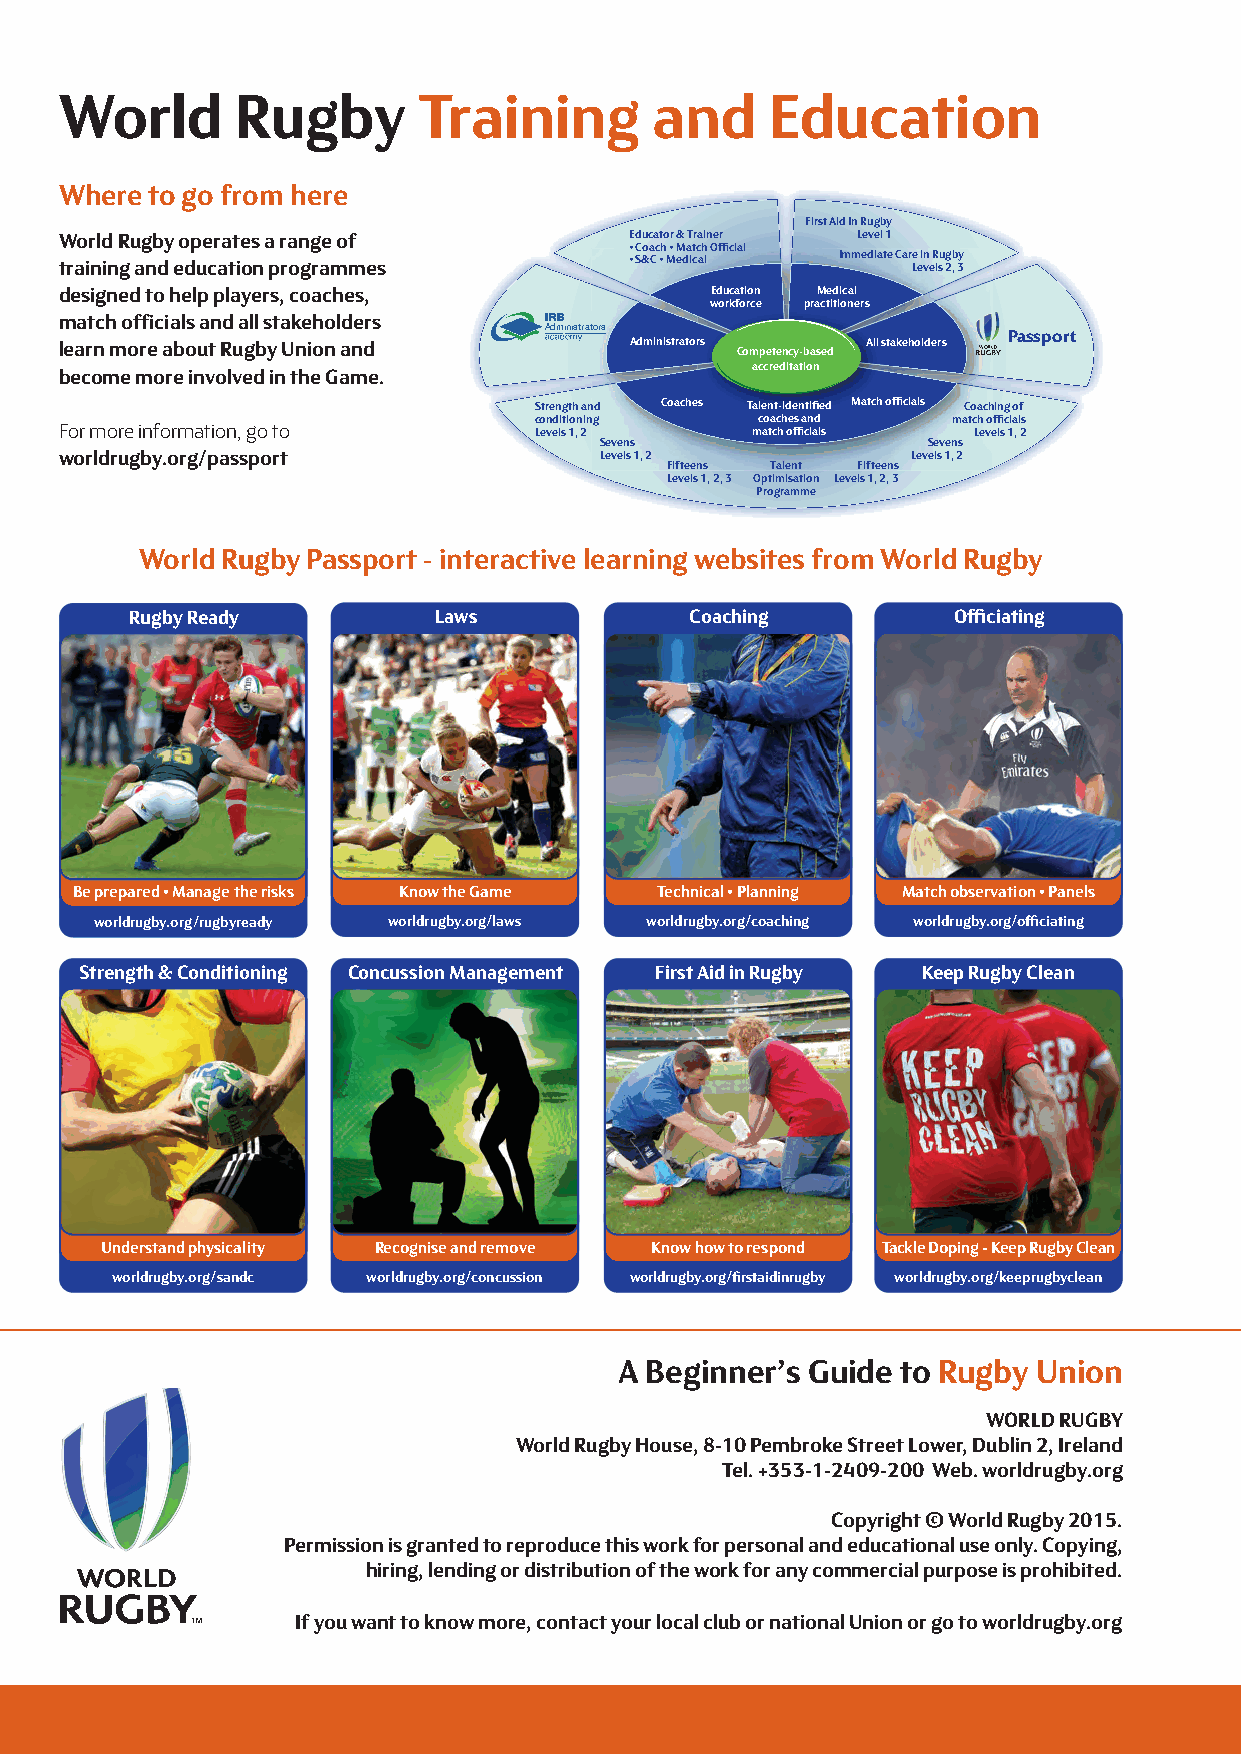
World       Rugby       Training       and     Education
 Where to go from here
 First Aid In Rugby
 World Rugby operates a range of       Educator & Trainer Level 1
 • Coach • Match Official
 training and education programmes     • S&C • Medical Immediate Car Le e i vn e R lsu 2gb , 3y
 designed to help players, coaches,         Education Medical
 workforce practitioners
 match officials and all stakeholders
 Administrators                 Passport
 learn more about Rugby Union and      Administrators Competency-based All stakeholders
 accreditation
 become more involved in the Game.
 Strength and Coaches Talent-identified Match officials Coaching of
 conditioning   coaches and  match officials
 For more information, go to    Levels 1, 2    match officials Levels 1, 2
 Sevens               Sevens
 worldrugby.org/passport             Levels 1, 2         Levels 1, 2
 Fifteens Talent Fifteens
 Levels 1, 2, 3 Optimisation Levels 1, 2, 3
 Programme
 World RugbyPassport - interactive learning websites from World Rugby
 Rugby Ready         Laws             Coaching         Officiating
 Be prepared • Manage the risks Know the Game Technical • Planning Match observation • Panels
 worldrugby.org/rugbyready worldrugby.org/laws worldrugby.org/coaching worldrugby.org/officiating
 Strength & Conditioning Concussion Management First Aid in Rugby Keep Rugby Clean
 Understand physicality Recognise and remove Know how to respond Tackle Doping - Keep Rugby Clean
 worldrugby.org/sandc worldrugby.org/concussion worldrugby.org/firstaidinrugby worldrugby.org/keeprugbyclean
 A Beginner’s Guide to Rugby Union
 WORLD RUGBY
 World Rugby House, 8-10 Pembroke Street Lower, Dublin 2, Ireland
 Tel. +353-1-2409-200 Web. worldrugby.org
 Copyright © World Rugby 2015.
 Permission is granted to reproduce this work for personal and educational use only. Copying,
 hiring, lending or distribution of the work for any commercial purpose is prohibited.
 If you want to know more, contact your local club or national Union or go to worldrugby.org